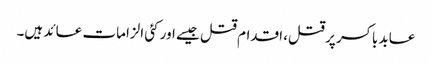
عابد باکسر پر قتل، اقدام قتل جیسے اور کئی الزامات عائد ہیں۔